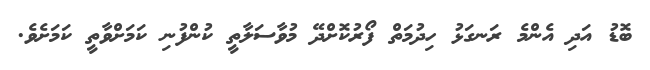
ބޮޑު އަދި އެންމެ ރަނގަޅު ހިދުމަތް ފޯރުކޮށްދޭ މުވާސަލާތީ ކުންފުނި ކަމަށްވާތީ ކަމަށެވެ.